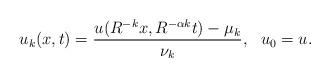
LaTeX: \begin{align*} \begin{aligned} u_k(x,t)=\frac{u(R^{-k}x,R^{-\alpha k}t)-\mu_{k}}{\nu_k}, ~~u_0 = u. \end{aligned} \end{align*}